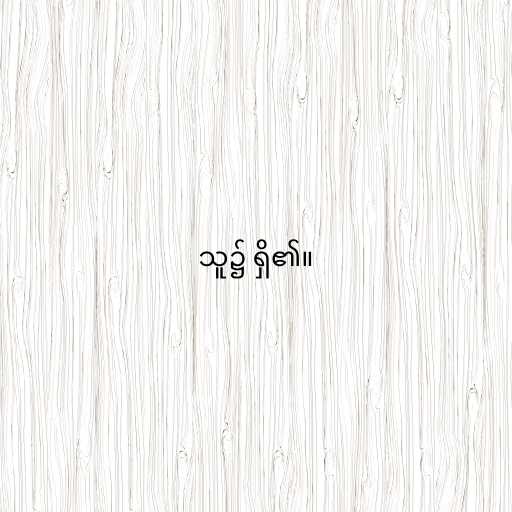
သူ၌ ရှိ၏။